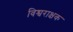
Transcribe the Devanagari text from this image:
विश्वराक्षक